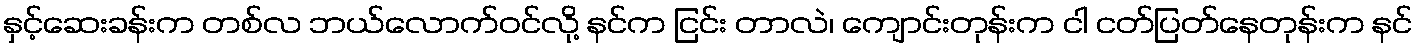
နှင့်ဆေးခန်းက တစ်လ ဘယ်လောက်ဝင်လို့ နင်က ငြင်း တာလဲ၊ ကျောင်းတုန်းက ငါ ငတ်ပြတ်နေတုန်းက နင်